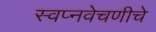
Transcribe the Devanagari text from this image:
स्वप्नवेचणीचे